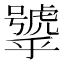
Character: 𱿕